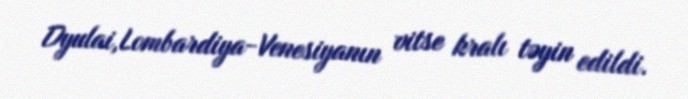
Dyulai,Lombardiya-Venesiyanın vitse kralı təyin edildi.